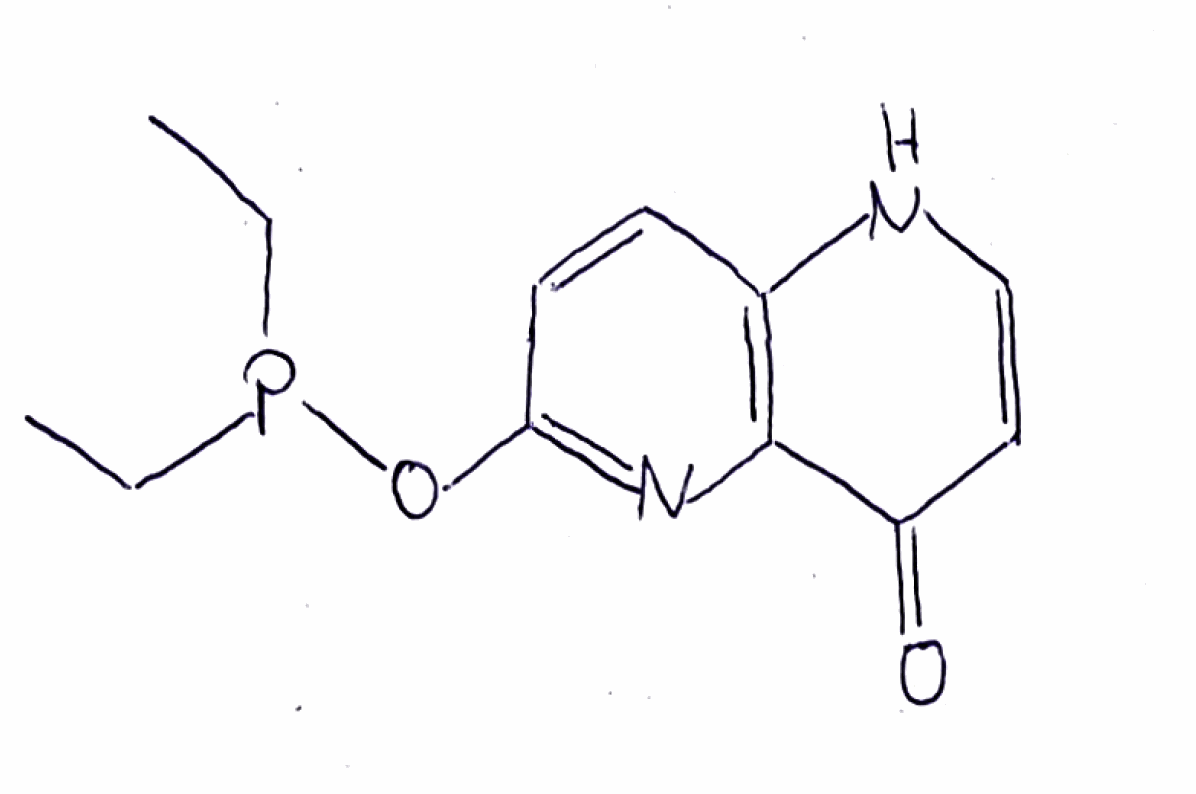
Simplified molecular-input line-entry system (SMILES) notation of the given molecule:
CCP(CC)OC1=NC2=C(C=C1)NC=CC2=O